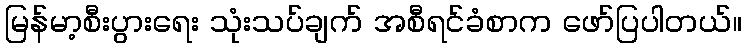
မြန်မာ့စီးပွားရေး သုံးသပ်ချက် အစီရင်ခံစာက ဖော်ပြပါတယ်။